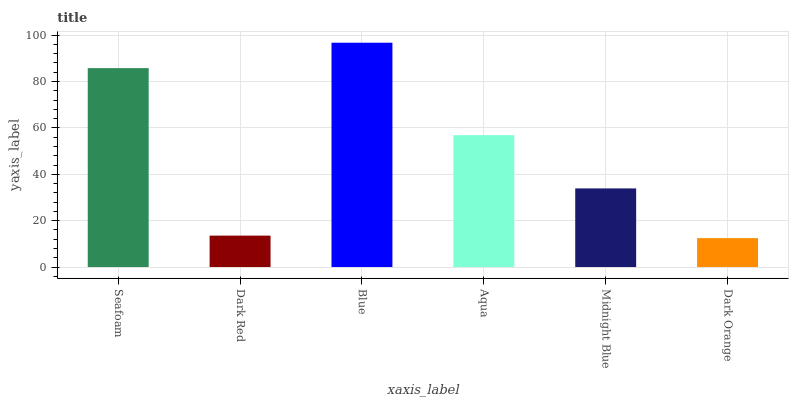
| xaxis_label | bars |
 | --- | --- |
 | Seafoam | 85.8 |
 | Dark Red | 13.6 |
 | Blue | 96.7 |
 | Aqua | 56.9 |
 | Midnight Blue | 33.9 |
 | Dark Orange | 12.5 |